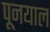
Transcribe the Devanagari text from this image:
पूनयाल